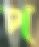
প